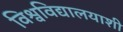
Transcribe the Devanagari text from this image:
विश्वविद्यालयाशी